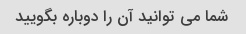
شما می توانید آن را دوباره بگویید